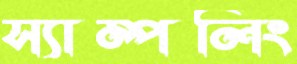
স্যাম্পলিং